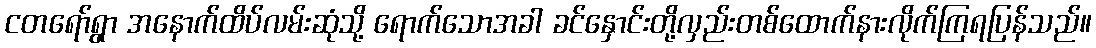
ငတရော်ရွာ အနောက်ထိပ်လမ်းဆုံသို့ ရောက်သောအခါ ခင်နှောင်းတို့လှည်းတစ်ထောက်နားလိုက်ကြရပြန်သည်။